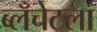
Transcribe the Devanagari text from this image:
ब्लँचेटला